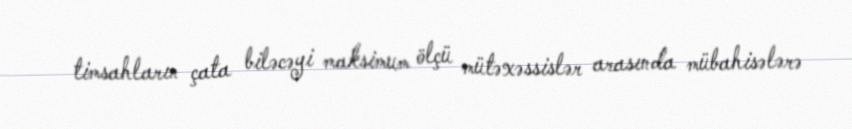
timsahların çata biləcəyi maksimum ölçü mütəxəssislər arasında mübahisələrə